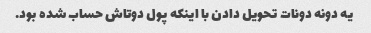
یه دونه دونات تحویل دادن با اینکه پول دوتاش حساب شده بود.